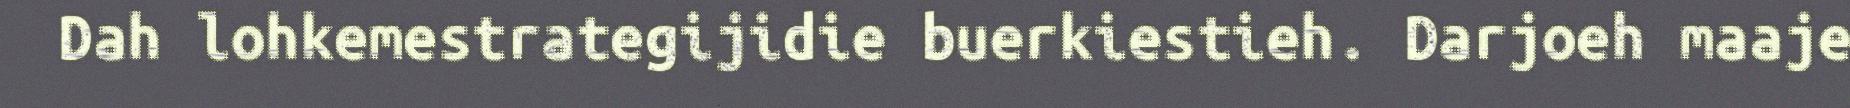
Dah lohkemestrategijidie buerkiestieh. Darjoeh maaje